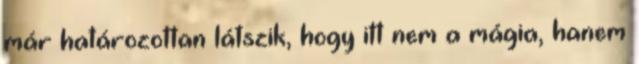
már határozottan látszik, hogy itt nem a mágia, hanem